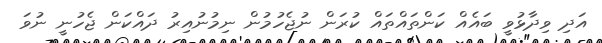
އަދި ވިދާޅުވީ ބައެއް ކަންތައްތައް ކުރަން ނުޖެހުމުން ނިމުނުއިރު ދައްކަން ޖެހުނީ ނުވަ